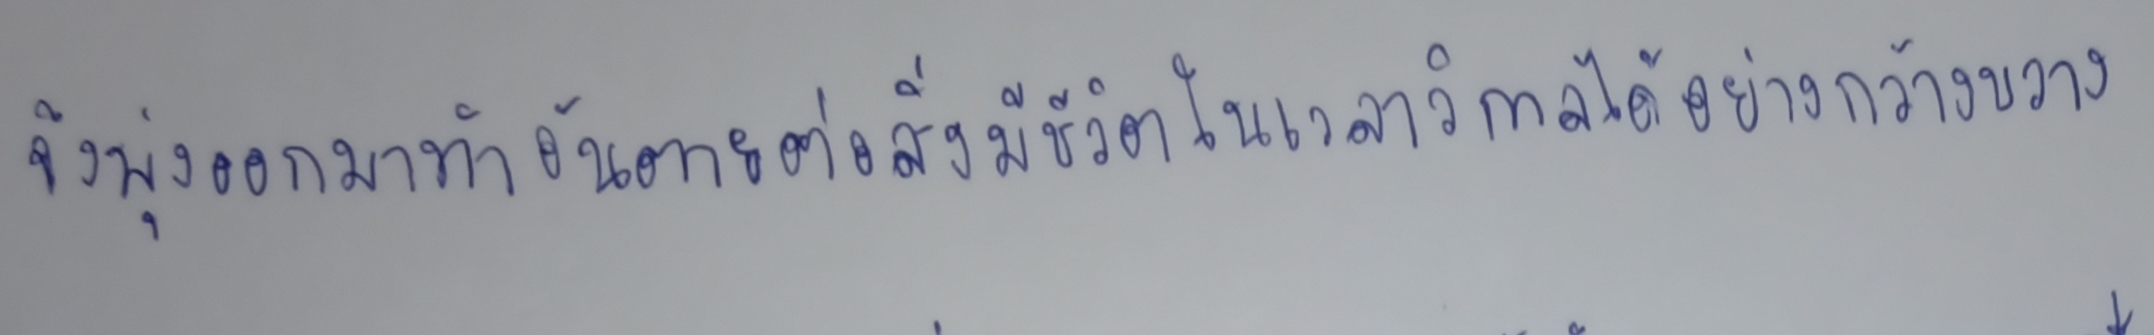
จึงพลุ่งออกมาทำอันตายต่อสิ่งมีชีวิตในเวลาวิกาลได้อย่างกว้างขวาง